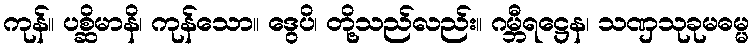
ကုန်။ ပစ္ဆိမာနိ၊ ကုန်သော။ ဒွေပိ၊ တို့သည်လည်း။ ဂမ္ဘီရဋ္ဌေန၊ သဏှသုခုမဓမ္မ